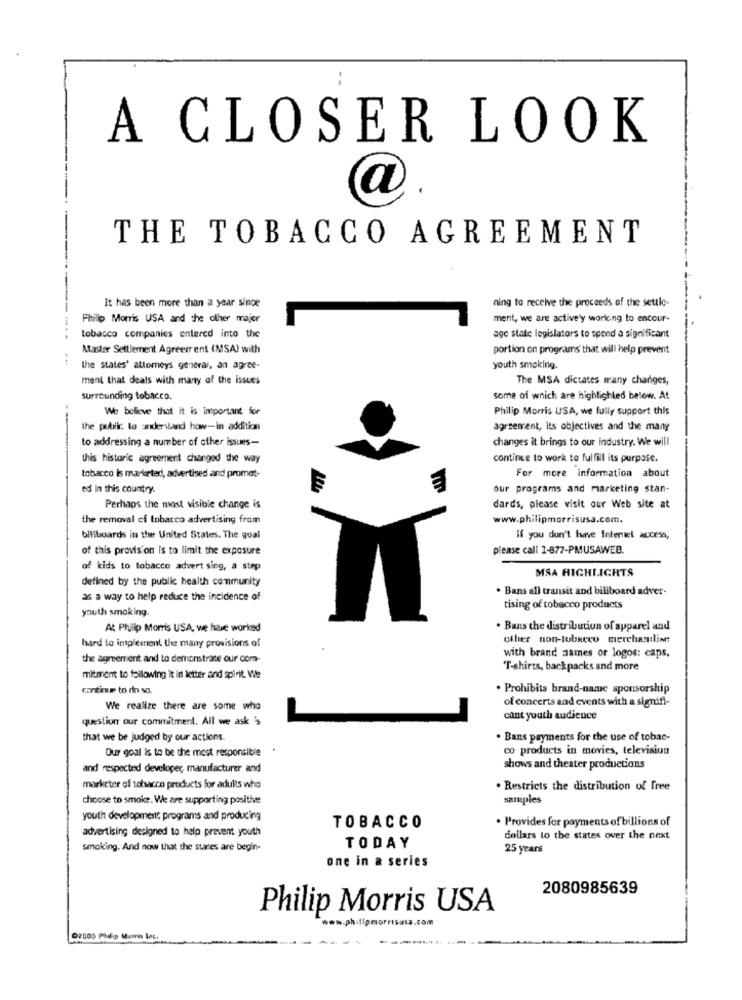
A CLOSER LOOK
a
THE TOBACCO AGREEMENT
ning to receive the proceeds of the settle-
It has been more than a year since
Philip Morris USA and the other major
ment, we are actively working to encour-
tobacco companies entered into the
age state legislators to spend a significant
Master Settlement Agreerr ent (MSA) with
portion on programs that will help prevent
the states' attomeys general, an agree-
youth smoking.
ment that deals with many of the issues
The MSA dictates many changes,
surrounding tobacco.
some of which are highlighted below. At
We believe that it is important for
Philip Morris USA, we fully support this
the public. to understand how-in addition
agreement, its objectives and the many
to addressing a number of other issues-
changes it brings to our industry. We will
this historic agreement changed the way
continue to work to fulfill its purpose.
tobacco is marketed, advertised and promat-
For more information about
ed in this country.
our programs and marketing stan-
Perhaps the most visible change is
dards, please visit our Web site at
the removal of tobacco advertising from
www.philipmorrisusa.com.
billboards in the United States. The qual
If you don't have Internet access,
of this provision is to limit the exposure
please call 1-877-PMUSAWEB.
of kids to tobacco advert sing, a step
MSA HIGHLIGHTS
defined by the public health community
. Bans all transit and billboard adver-
x a way to help reduce the incidence of
youth smoking.
tising of tobacco products
At Philip Morris USA, we have worked
. Bans the distribution of apparel and
hard to implement the many provisions of
other non-tubeeco merchandline
the agreement and to demonstrate our com-
with brand names or logos: caps.
"T-shirts, backpacks and more
mitment to following it in letter and spirit. We
cantine to do so.
. Prohibits brand-name sponsorship
of concerts and events with a signifi-
We realize there are some who
question our commitment. All we ask is
cant youth audience
that we be judged by our actions.
. Bans payments for the use of tobac-
Our goal is to be the most responsible
co products in movies, television
and respected developer, manufacturer and
shows and theater productions
marketer of tohacon products for adults who
. Restricts the distribution of free
choose to smoke. We are supporting posithe
samples
youth development programs and producing
. Provides for payments of billions of
advertising designed to help prevent youth
TOBACCO
dollars to the states over the next
smoking. And now that the stares are begin-
TODAY
25 years
one in a series
2080985639
Philip Morris USA
www.philipmorrisusa.com
C2000 Philip Morris Inc.